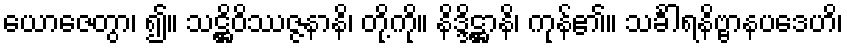
ယောဇေတွာ၊ ၍။ သဋ္ဌိဝိဿဇ္ဇနာနိ၊ တို့ကို။ နိဒ္ဒိဋ္ဌာနိ၊ ကုန်၏။ သင်္ခါရနိဗ္ဗာနပဒေဟိ၊